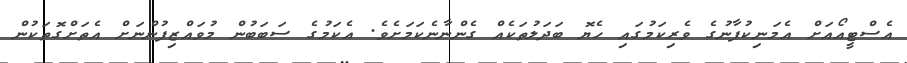
އެސްޓީއޯއަށް އެމަނިކުފާނުގެ ވެރިކަމުގައި ހެޔޮ ބަަދަލުތަކެއް ގެންނާނެކަމަށެވެ. އެކަމުގެ ސަބަބުން މުވައްޒިފުންނަށް އެތަށްގޮތަކުން